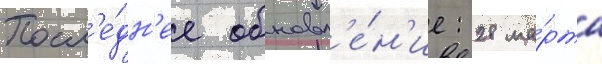
Посл'е́дн'ее обновл'е́н'ие: 28 ма́рта